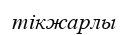
тікжарлы